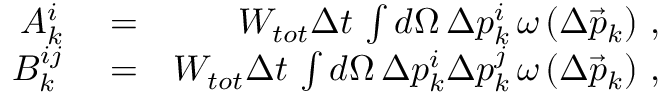
\begin{array} { r l r } { A _ { k } ^ { i } } & { { } = } & { W _ { t o t } \Delta t \, \int d \Omega \, \Delta p _ { k } ^ { i } \, \omega \left( \Delta \vec { p } _ { k } \right) \, , } \\ { B _ { k } ^ { i j } } & { { } = } & { W _ { t o t } \Delta t \, \int d \Omega \, \Delta p _ { k } ^ { i } \Delta p _ { k } ^ { j } \, \omega \left( \Delta \vec { p } _ { k } \right) \, , } \end{array}